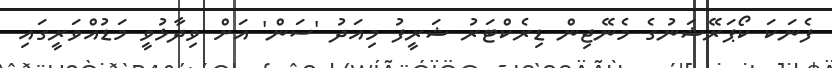
ފެނަކަ ކޯޕަރޭޝަނުގެ މެނޭޖިން ޑިރެކްޓަރު ޝަރީފު މިއަދު 'ސަން' އަށް ވިދާޅުވީ މަޑުއްވަރީގައި